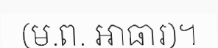
(ម.ព. អាធារ)។